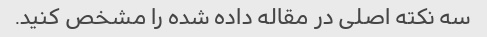
سه نکته اصلی در مقاله داده شده را مشخص کنید.